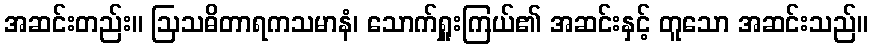
အဆင်းတည်း။ ဩသဓိတာရကသမာနံ၊ သောက်ရှူးကြယ်၏ အဆင်းနှင့် တူသော အဆင်းသည်။